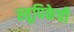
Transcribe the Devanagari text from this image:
स्तूपिकेची